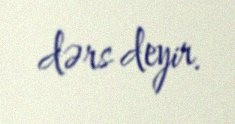
dərs deyir.